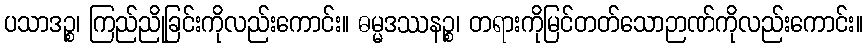
ပသာဒဉ္စ၊ ကြည်ညိုခြင်းကိုလည်းကောင်း။ ဓမ္မဒဿနဉ္စ၊ တရားကိုမြင်တတ်သောဉာဏ်ကိုလည်းကောင်း။